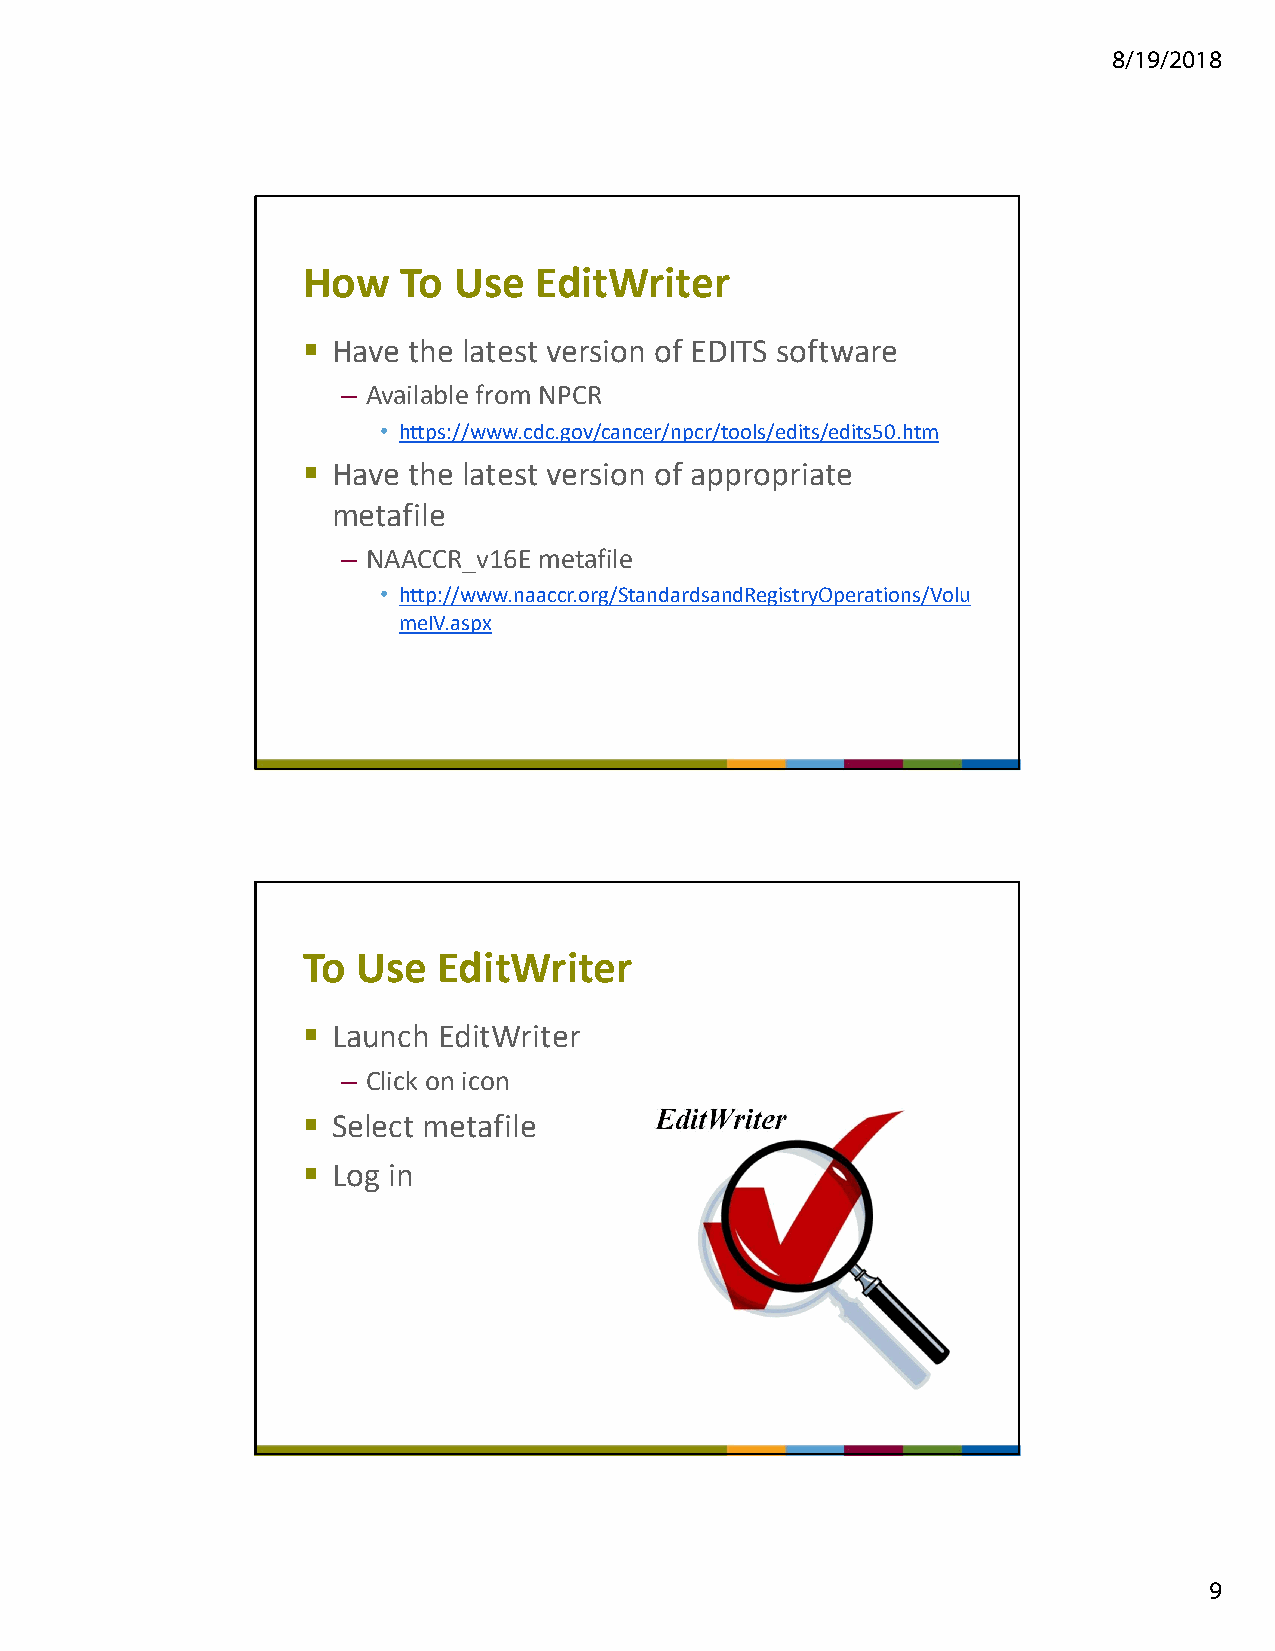
8/19/2018
 How    To Use  EditWriter
  Have the latest version of EDITS software
 – Available from NPCR
 • https://www.cdc.gov/cancer/npcr/tools/edits/edits50.htm
  Have the latest version of appropriate
 metafile
 – NAACCR_v16E metafile
 • http://www.naaccr.org/StandardsandRegistryOperations/Volu
 meIV.aspx
 To  Use  EditWriter
  Launch EditWriter
 – Click on icon
  Select metafile
  Log in
 9